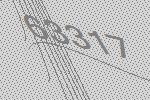
63317